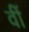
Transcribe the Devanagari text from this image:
वीं